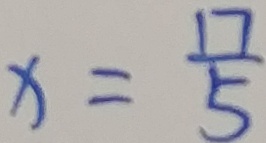
x = \frac { 1 7 } { 5 }